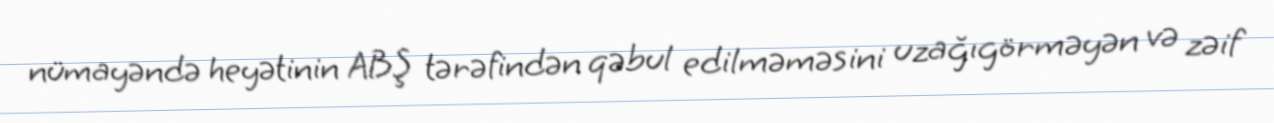
nümayəndə heyətinin ABŞ tərəfindən qəbul edilməməsini uzağıgörməyən və zəif